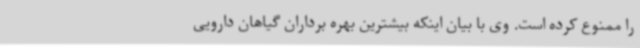
را ممنوع کرده است. وی با بیان اینکه بیشترین بهره برداران گیاهان دارویی